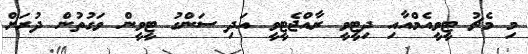
މި މެޗު ޓީވީއެމްއާއި ދިޓީވީ ރާއްޖެޓީވީ އަދި ސަންގު ޓީވީން ވަގުތުން ދުރަށް